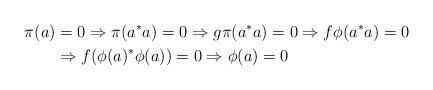
LaTeX: \begin{align*}\pi(a)&=0\Rightarrow\pi(a^*a)=0\Rightarrow g\pi(a^*a)=0\Rightarrow f\phi(a^*a)=0\\&\Rightarrow f(\phi(a)^*\phi(a))=0\Rightarrow\phi(a)=0\end{align*}